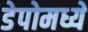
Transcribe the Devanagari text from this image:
डेपोमध्ये